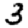
Digit: 3